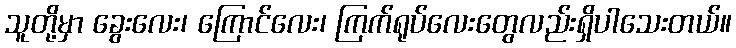
သူတို့မှာ ခွေးလေး၊ ကြောင်လေး၊ ကြက်ရုပ်လေးတွေလည်းရှိပါသေးတယ်။